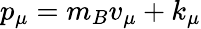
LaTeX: p_{\mu}=m_{B}v_{\mu}+k_{\mu}